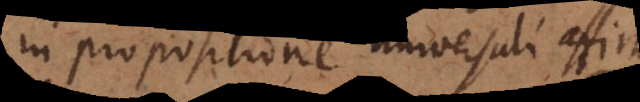
in propositione universali affirmativa